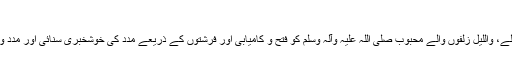
‘‘ (الطبری، 2 : 280)
اور پھر مالکِ ارض و سما نے اپنے لاڈلے، والضحیٰ مکھڑے والے، واللیل زلفوں والے محبوب صلی اللہ علیہ وآلہ وسلم کو فتح و کامیابی اور فرشتوں کے ذریعے مدد کی خوشخبری سنائی اور مدد و نصرت الٰہی کے ذریعے مسلمانوں کو وہ عظیم فتح نصیب ہوئی۔